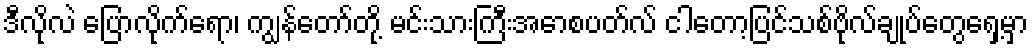
ဒီလိုလဲ ပြောလိုက်ရော၊ ကျွန်တော်တို့ မင်းသားကြီးအောစပတ်လ် ငါတော့ပြင်သစ်ဗိုလ်ချုပ်တွေရှေ့မှာ